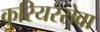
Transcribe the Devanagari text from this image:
कुरियरसेवा